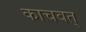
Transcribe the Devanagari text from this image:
काचवत्